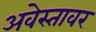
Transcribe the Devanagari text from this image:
अवेस्तावर